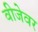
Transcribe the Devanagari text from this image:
वीजेवर